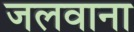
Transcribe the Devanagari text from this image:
जलवाना